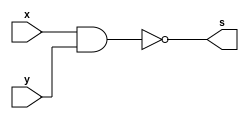
// Exercicio 01
// Wadson Gomes Ferreira
// 460631
// Tabela-Verdade NAND e $display
// Representao binrio

module tabelaNAND(output s, input x, input y);
       assign s = ~(x & y);
endmodule

module teste;
       reg a,b;
       wire s;
       tabelaNAND T1(s,a,b);

       initial begin
               a=1'b0;
               b=1'b0;
       end

       initial begin
               $display("Exercicio01 - Wadson Gomes Ferreira - 460631");
               $display("Tabela-Verdade NAND e $display");
               #1
                 $display("~(%b & %b) => %b",a,b,s);
                 a=1'b0;
                 b=1'b1;
               #1

                 $display("~(%b & %b) => %b",a,b,s);
                 a=1'b1;
                 b=1'b0;
               #1

                 $display("~(%b & %b) => %b",a,b,s);
                 a=1'b1;
                 b=1'b1;
               #1
                 $display("~(%b & %b) => %b",a,b,s);
       end
endmodule